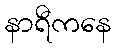
နာရီကနေ